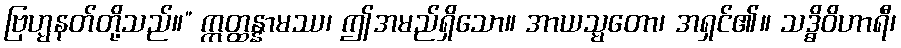
ဗြဟ္မနတ်တို့သည်။” ဣတ္ထန္နာမဿ၊ ဤအမည်ရှိသော။ အာယသ္မတော၊ အရှင်၏။ သဒ္ဓိဝိဟာရီ၊